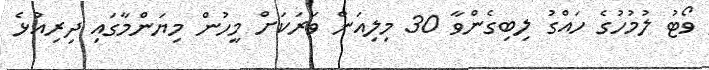
ވޯޓު ލުމުހުގެ ހައްގު ލިބިގެންވާ 30 މިލިއަން ވަރަކަށް މީހުން މިޔަންމާގައި ދިރިއުޅެ